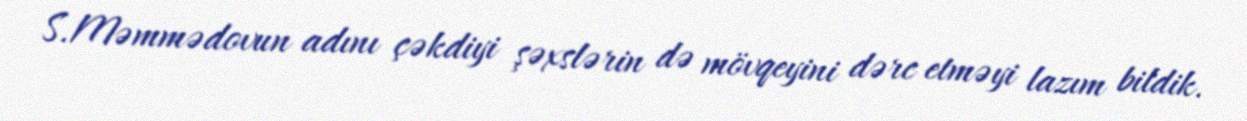
S.Məmmədovun adını çəkdiyi şəxslərin də mövqeyini dərc etməyi lazım bildik.